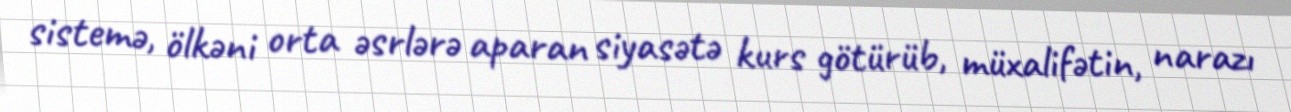
sistemə, ölkəni orta əsrlərə aparan siyasətə kurs götürüb, müxalifətin, narazı